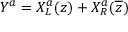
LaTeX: Y ^ { a } = X _ { L } ^ { a } ( z ) + X _ { R } ^ { a } ( \overline { { { z } } } )